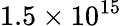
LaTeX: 1.5\times 10^{15}